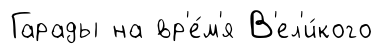
Гарады на вр'е́м'я В'ел'и́кого